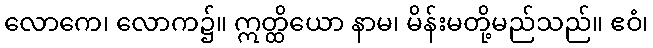
လောကေ၊ လောက၌။ ဣတ္ထိယော နာမ၊ မိန်းမတို့မည်သည်။ ဧဝံ၊